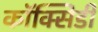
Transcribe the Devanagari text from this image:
कॉक्सिडी